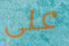
على